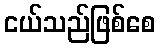
ငယ်သည်ဖြစ်စေ